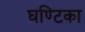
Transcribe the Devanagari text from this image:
घण्टिका